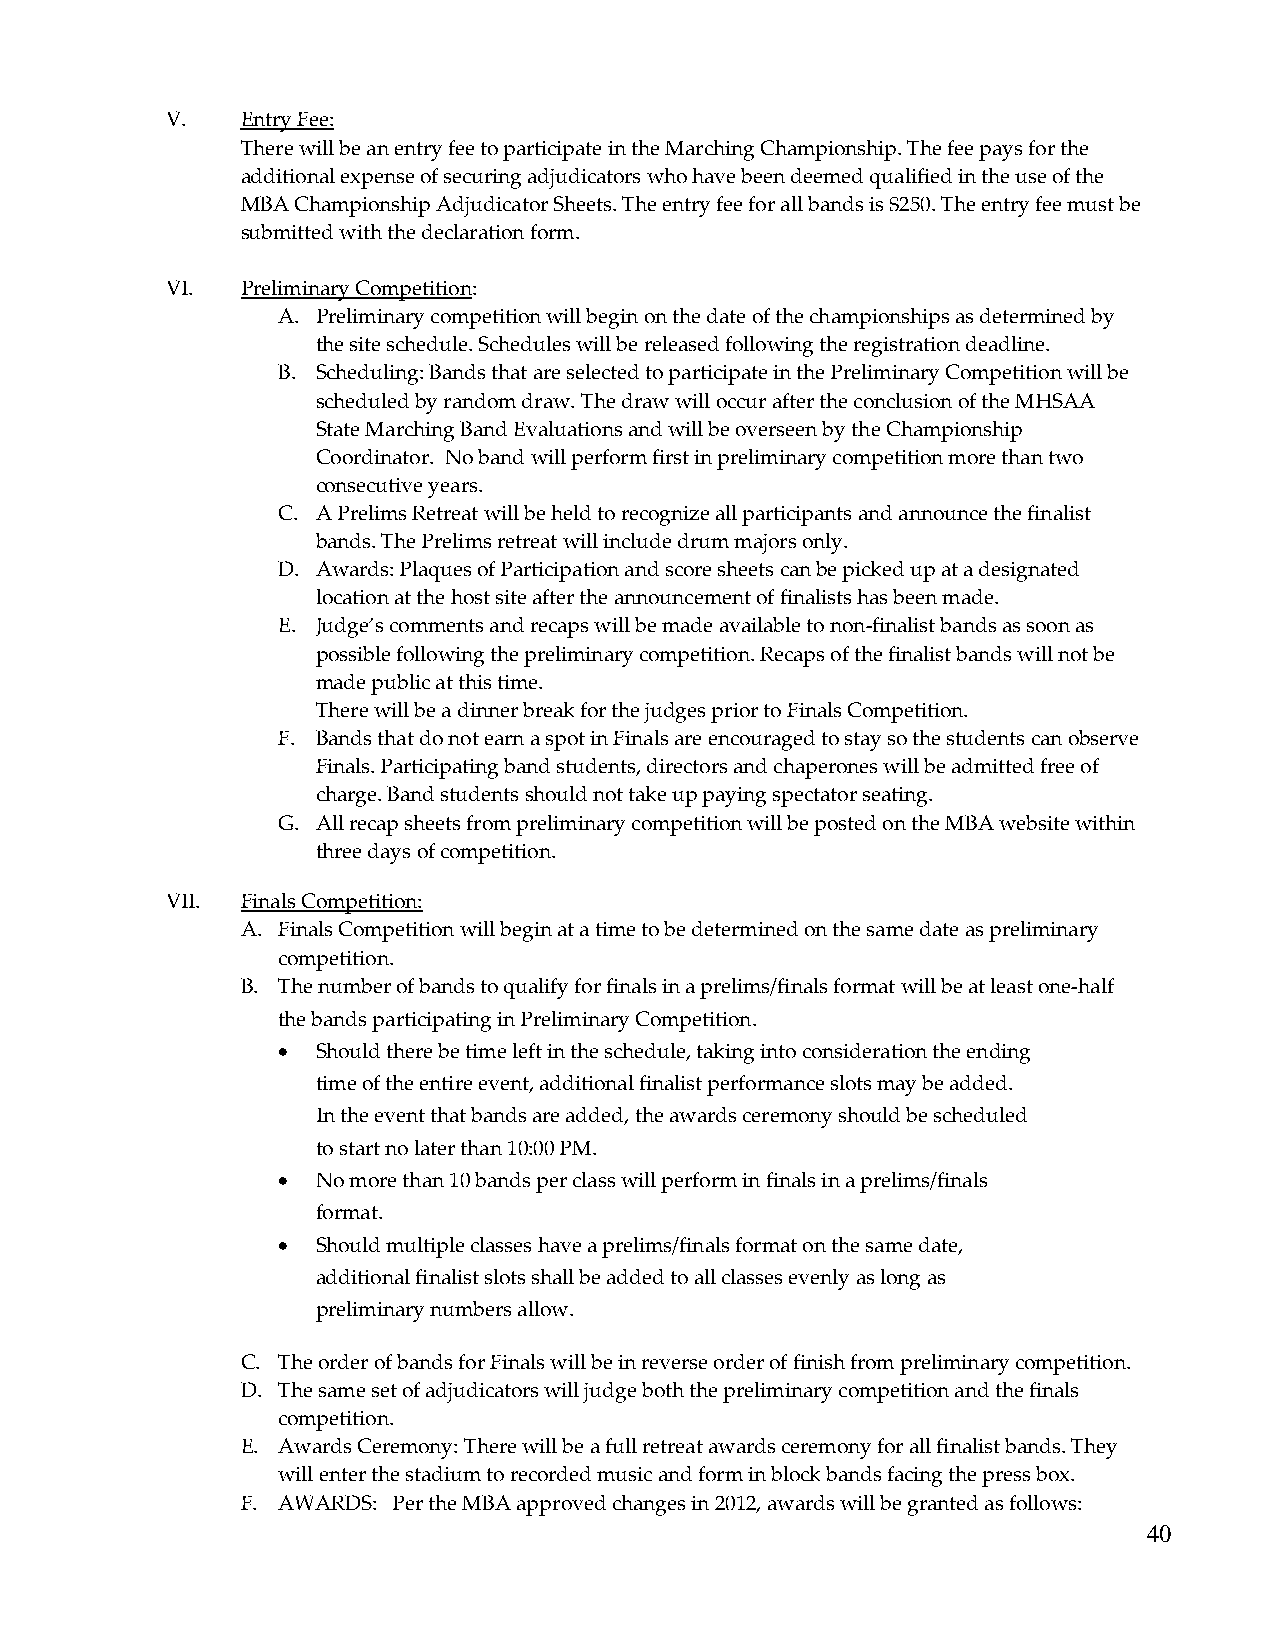
V.   Entry Fee:
 There will be an entry fee to participate in the Marching Championship. The fee pays for the
 additional expense of securing adjudicators who have been deemed qualified in the use of the
 MBA Championship Adjudicator Sheets. The entry fee for all bands is $250. The entry fee must be
 submitted with the declaration form.
 VI.  Preliminary Competition:
 A. Preliminary competition will begin on the date of the championships as determined by
 the site schedule. Schedules will be released following the registration deadline.
 B. Scheduling: Bands that are selected to participate in the Preliminary Competition will be
 scheduled by random draw. The draw will occur after the conclusion of the MHSAA
 State Marching Band Evaluations and will be overseen by the Championship
 Coordinator. No band will perform first in preliminary competition more than two
 consecutive years.
 C. A Prelims Retreat will be held to recognize all participants and announce the finalist
 bands. The Prelims retreat will include drum majors only.
 D. Awards: Plaques of Participation and score sheets can be picked up at a designated
 location at the host site after the announcement of finalists has been made.
 E. Judge’s comments and recaps will be made available to non-finalist bands as soon as
 possible following the preliminary competition. Recaps of the finalist bands will not be
 made public at this time.
 There will be a dinner break for the judges prior to Finals Competition.
 F. Bands that do not earn a spot in Finals are encouraged to stay so the students can observe
 Finals. Participating band students, directors and chaperones will be admitted free of
 charge. Band students should not take up paying spectator seating.
 G. All recap sheets from preliminary competition will be posted on the MBA website within
 three days of competition.
 VII. Finals Competition:
 A. Finals Competition will begin at a time to be determined on the same date as preliminary
 competition.
 B. The number of bands to qualify for finals in a prelims/finals format will be at least one-half
 the bands participating in Preliminary Competition.
 •  Should there be time left in the schedule, taking into consideration the ending
 time of the entire event, additional finalist performance slots may be added.
 In the event that bands are added, the awards ceremony should be scheduled
 to start no later than 10:00 PM.
 •  No more than 10 bands per class will perform in finals in a prelims/finals
 format.
 •  Should multiple classes have a prelims/finals format on the same date,
 additional finalist slots shall be added to all classes evenly as long as
 preliminary numbers allow.
 C. The order of bands for Finals will be in reverse order of finish from preliminary competition.
 D. The same set of adjudicators will judge both the preliminary competition and the finals
 competition.
 E. Awards Ceremony: There will be a full retreat awards ceremony for all finalist bands. They
 will enter the stadium to recorded music and form in block bands facing the press box.
 F. AWARDS: Per the MBA approved changes in 2012, awards will be granted as follows:
 40